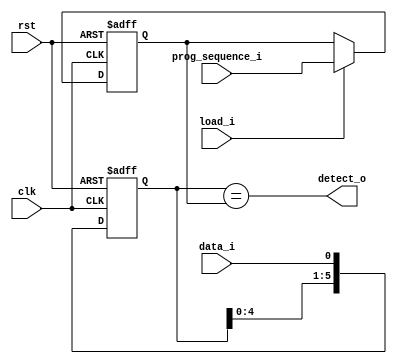
`timescale 1ns / 1ps
//////////////////////////////////////////////////////////////////////////////////
// Company: COLLEGE OF VLSI
// 
// Design Name: 
// Module Name: programmable_sequence_detector
// Project Name: 
// Target Devices: 
// Tool Versions: 
// Description: 
// 
// Dependencies: 
// 
// Revision:
// Revision 0.01 - File Created
// Additional Comments:
// 
//////////////////////////////////////////////////////////////////////////////////


module programmable_sequence_detector #(
parameter WIDTH = 6)
(
    input clk, rst, data_i, load_i,
    input [WIDTH-1 :0] prog_sequence_i,
    output detect_o
    );
reg [WIDTH-1 :0] shift_q;
wire [WIDTH-1 :0] shift_nxt;
reg [WIDTH-1 :0] prog_sequence_q;


always@(posedge clk or posedge rst)
begin
    if(rst)
        prog_sequence_q <= {WIDTH{1'b0}};
    else if (load_i)
        prog_sequence_q <= prog_sequence_i;
end



always@(posedge clk or posedge rst)
begin
    if(rst)
        shift_q <= {WIDTH{1'b0}};
    else
        shift_q <= {shift_nxt[WIDTH-2:0] , data_i};
end
 assign shift_nxt = shift_q;
 assign detect_o = (shift_nxt == prog_sequence_q);

endmodule